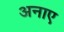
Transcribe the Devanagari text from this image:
अनाए